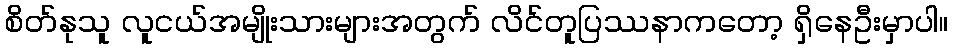
စိတ်နုသူ လူငယ်အမျိုးသားများအတွက် လိင်တူပြဿနာကတော့ ရှိနေဦးမှာပါ။